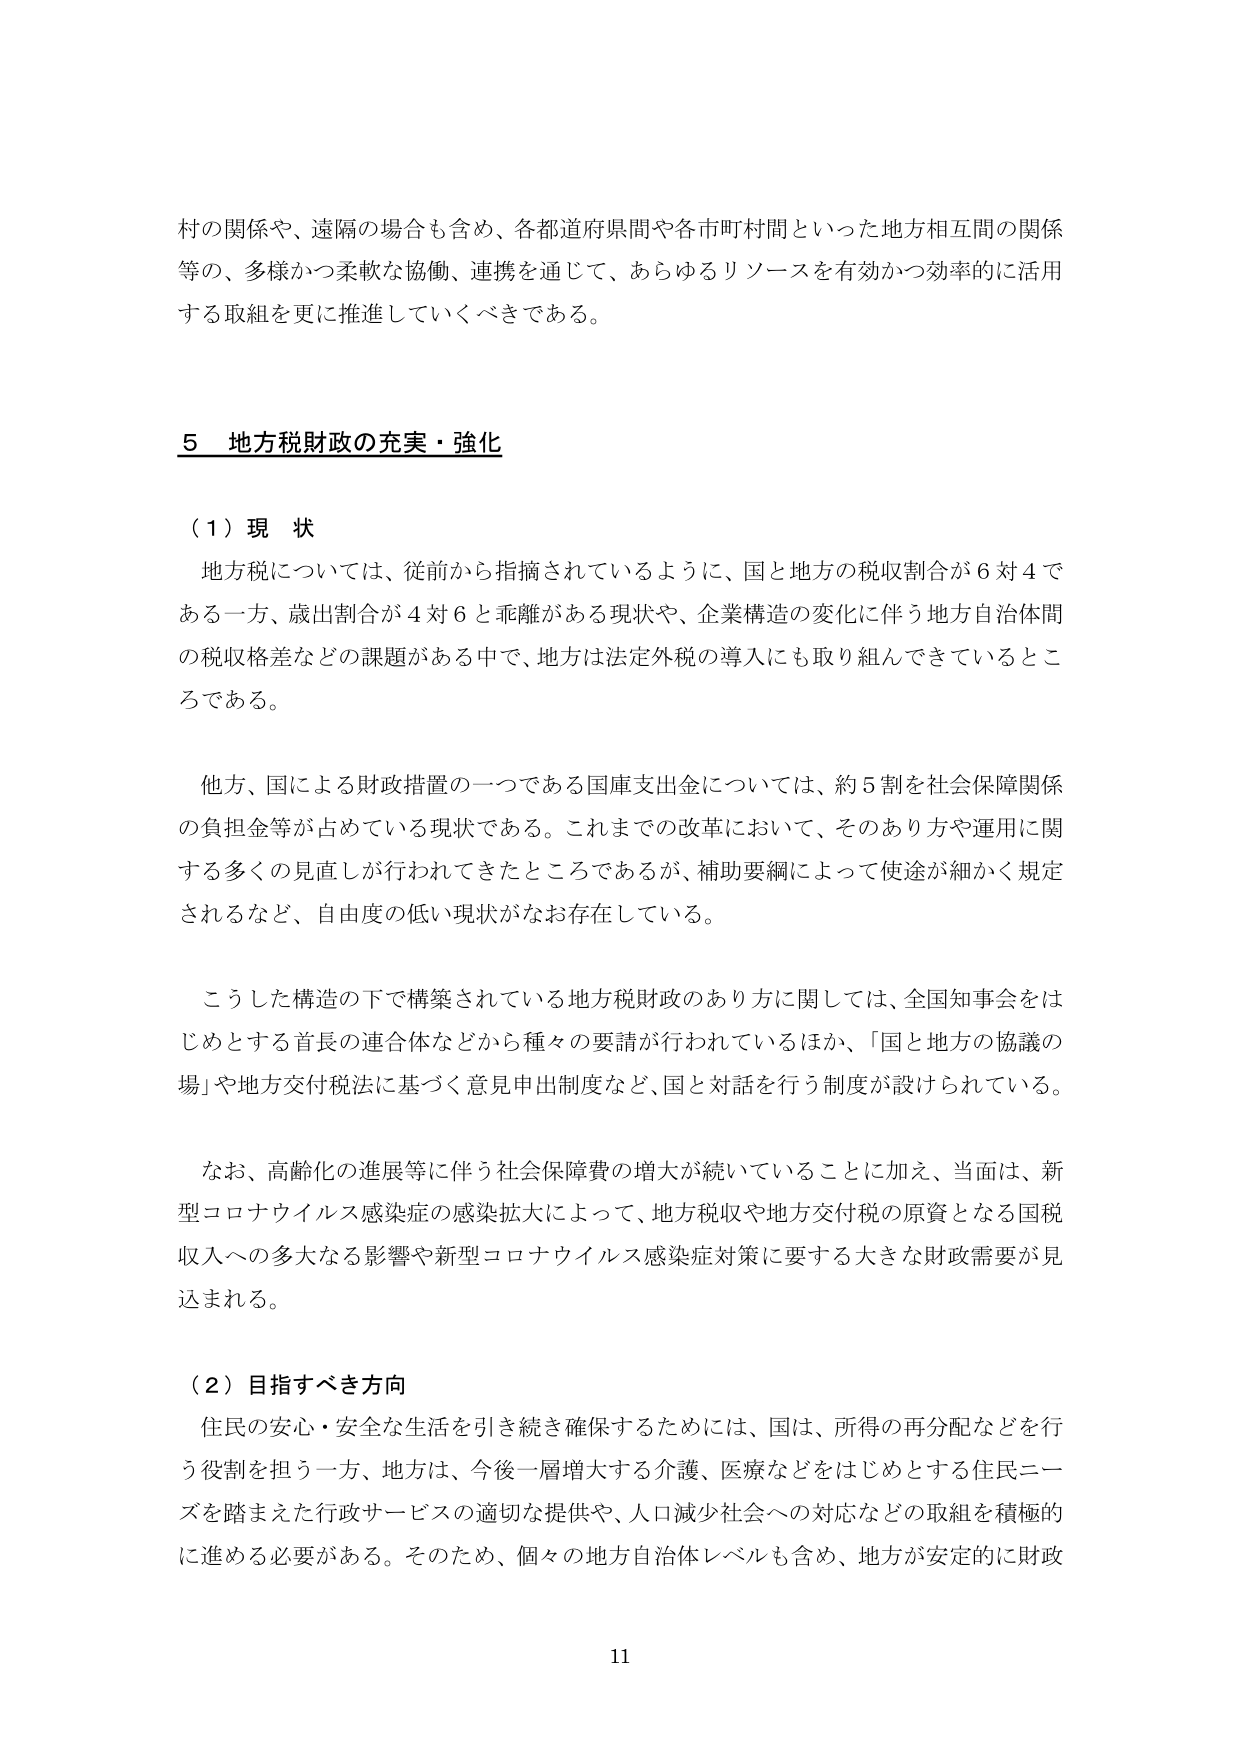
村の関係や、遠隔の場合も含め、各都道府県間や各市町村間といった地方相互間の関係等の、多様かつ柔軟な協働、連携を通じて、あらゆるリソースを有効かつ効率的に活用する取組を更に推進していくべきである。

５ 地方税財政の充実・強化

（１）現 状
地方税については、従前から指摘されているように、国と地方の税収割合が６対４である一方、歳出割合が４対６と乖離がある現状や、企業構造の変化に伴う地方自治体間の税収格差などの課題がある中で、地方は法定外税の導入にも取り組んできているところである。

他方、国による財政措置の一つである国庫支出金については、約５割を社会保障関係の負担金等が占めている現状である。これまでの改革において、そのあり方や運用に関する多くの見直しが行われてきたところであるが、補助要綱によって使途が細かく規定されるなど、自由度の低い現状がなお存在している。

こうした構造の下で構築されている地方税財政のあり方に関しては、全国知事会をはじめとする首長の連合体などから種々の要請が行われているほか、「国と地方の協議の場」や地方交付税法に基づく意見申出制度など、国と対話を行う制度が設けられている。

なお、高齢化の進展等に伴う社会保障費の増大が続いていることに加え、当面は、新型コロナウイルス感染症の感染拡大によって、地方税収や地方交付税の原資となる国税収入への多大なる影響や新型コロナウイルス感染症対策に要する大きな財政需要が見込まれる。

（２）目指すべき方向
住民の安心・安全な生活を引き続き確保するためには、国は、所得の再分配などを行う役割を担う一方、地方は、今後一層増大する介護、医療などをはじめとする住民ニーズを踏まえた行政サービスの適切な提供や、人口減少社会への対応などの取組を積極的に進める必要がある。そのため、個々の地方自治体レベルも含め、地方が安定的に財政

11